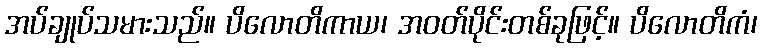
အပ်ချုပ်သမားသည်။ ပိလောတိကာယ၊ အဝတ်ပိုင်းတစ်ခုဖြင့်။ ပိလောတိကံ၊